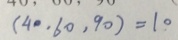
( 4 0 , 6 0 , 9 0 ) = 1 0